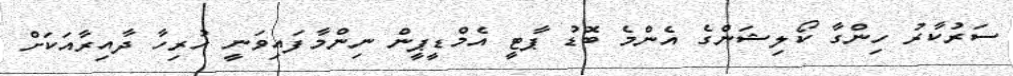
ސަރުކާރު ހިންގާ ކޯލިޝަންގެ އެންމެ ބޮޑު ޕާޓީ އެމްޑީޕީން ނިންމާފައިވަނީ ހުރިހާ ދާއިރާއަކަށް